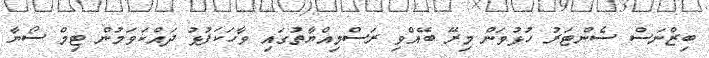
ބިޒްނަސް ސެންޓަރު ހުޅުވަން މިރޭ ބޭއްވި ރަސްމިއްޔާތުގައި ވާހަކަފުޅު ދައްކަވަމުން ޓިމް ސޯޔާ